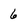
Character: 6